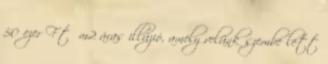
50 ezer Ft m2 áras illúzió, amely velünk szembe lett